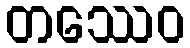
တဿေဝ